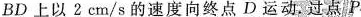
BD上以2cm/s的速度向中点D运动.过点P